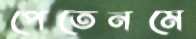
পেতেনমে